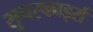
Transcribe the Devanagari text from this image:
सुपरकार्ड्स